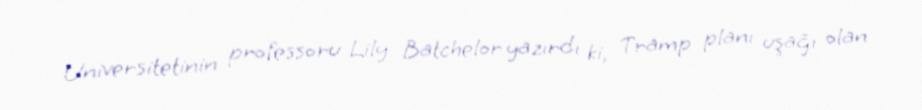
Universitetinin professoru Lily Batchelor yazırdı ki, Tramp planı uşağı olan